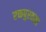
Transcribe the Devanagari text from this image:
रक्तपुरवळा